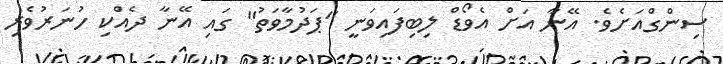
ސިންގްއަށެވެ. އޭނާ އަށް އެވޯޑް ލިބިފައިވަނީ "ޕަދުމާވަތު" ގައި އޭނާ ދެއްކި ހުނަރުވެރި